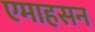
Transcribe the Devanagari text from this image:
एमाहसन